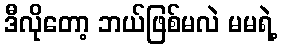
ဒီလိုတော့ ဘယ်ဖြစ်မလဲ မမရဲ့